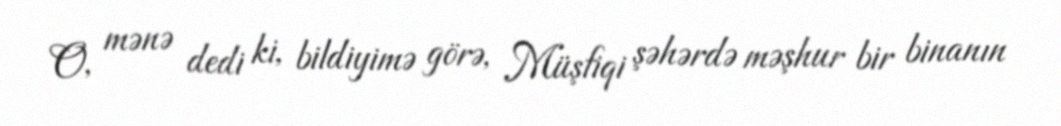
O, mənə dedi ki, bildiyimə görə, Müşfiqi şəhərdə məşhur bir binanın